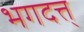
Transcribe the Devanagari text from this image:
भगदत्त्